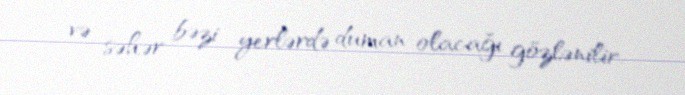
və səhər bəzi yerlərdə duman olacağı gözlənilir.